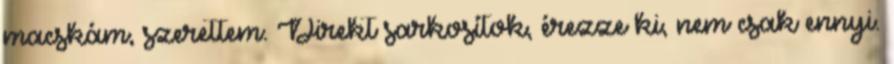
macskám, szerettem. Direkt sarkosítok, érezze ki, nem csak ennyi.